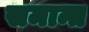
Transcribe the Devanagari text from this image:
समान्त